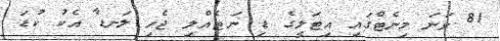
81 ވަނަ މިނެޓްގައި އިޓަލީގެ ޑި ނަޓެއްލި ޖެހި ލަނޑާ އެކު ކުޑަ